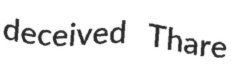
deceived Thare